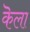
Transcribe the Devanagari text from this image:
कॆला